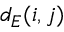
d _ { E } ( i , j )